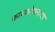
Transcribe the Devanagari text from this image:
काव्यलेखनाचा